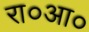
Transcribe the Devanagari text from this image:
रा०आ०